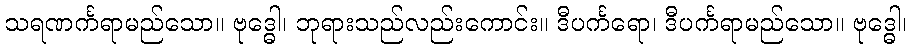
သရဏင်္ကရာမည်သော။ ဗုဒ္ဓေါ၊ ဘုရားသည်လည်းကောင်း။ ဒီပင်္ကရော၊ ဒီပင်္ကရာမည်သော။ ဗုဒ္ဓေါ၊